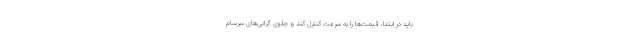
باید در ابتدا، قیمت‌ها را به سرعت کنترل کند و جلوی گرانی‌های سرسام